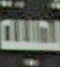
ثمينة